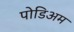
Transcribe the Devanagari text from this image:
पोडिअम